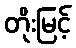
တိုးမြင့်